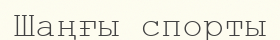
Шаңғы спорты